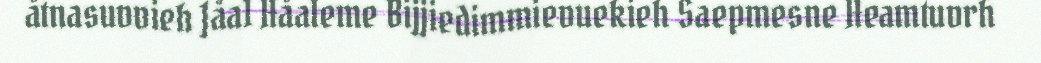
åtnasuvvieh Jåa1 Håaleme Bijjiedimmievuekieh Saepmesne Heamtuvrh